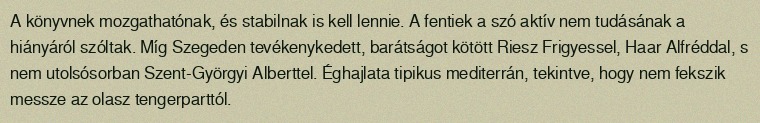
A könyvnek mozgathatónak, és stabilnak is kell lennie. A fentiek a szó aktív nem tudásának a hiányáról szóltak. Míg Szegeden tevékenykedett, barátságot kötött Riesz Frigyessel, Haar Alfréddal, s nem utolsósorban Szent-Györgyi Alberttel. Éghajlata tipikus mediterrán, tekintve, hogy nem fekszik messze az olasz tengerparttól.